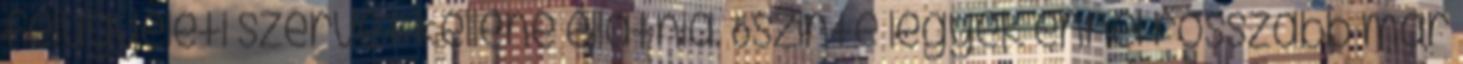
felügyeleti szervet kellene ellátnia. Öszinte legyek ennél rosszabb már